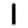
Digit: 1